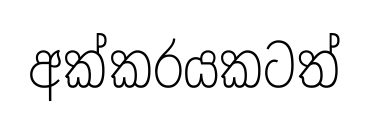
අක්කරයකටත්